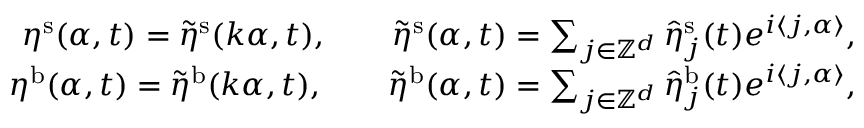
\begin{array} { r } { \eta ^ { \mathrm { s } } ( \alpha , t ) = \tilde { \eta } ^ { \mathrm { s } } ( \boldsymbol k \alpha , t ) , \qquad \tilde { \eta } ^ { \mathrm { s } } ( \boldsymbol \alpha , t ) = \sum _ { \boldsymbol { j } \in \mathbb { Z } ^ { d } } \hat { \eta } _ { \boldsymbol { j } } ^ { \mathrm { s } } ( t ) e ^ { i \langle \boldsymbol j , \boldsymbol \alpha \rangle } , } \\ { \eta ^ { \mathrm { b } } ( \alpha , t ) = \tilde { \eta } ^ { \mathrm { b } } ( \boldsymbol k \alpha , t ) , \qquad \tilde { \eta } ^ { \mathrm { b } } ( \boldsymbol \alpha , t ) = \sum _ { \boldsymbol { j } \in \mathbb { Z } ^ { d } } \hat { \eta } _ { \boldsymbol { j } } ^ { \mathrm { b } } ( t ) e ^ { i \langle \boldsymbol j , \boldsymbol \alpha \rangle } , } \end{array}